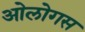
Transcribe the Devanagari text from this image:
ओलोगस